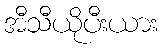
အီသီယိုပီးယား